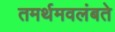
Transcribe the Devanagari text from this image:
तमर्थमवलंबते